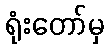
ရုံးတော်မှ